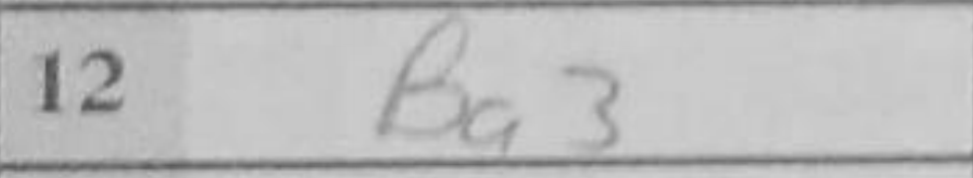
Transcription: Ba3